Annual administration report of the Civil Veterinary Department of India - 1895-1896
Year: 1895
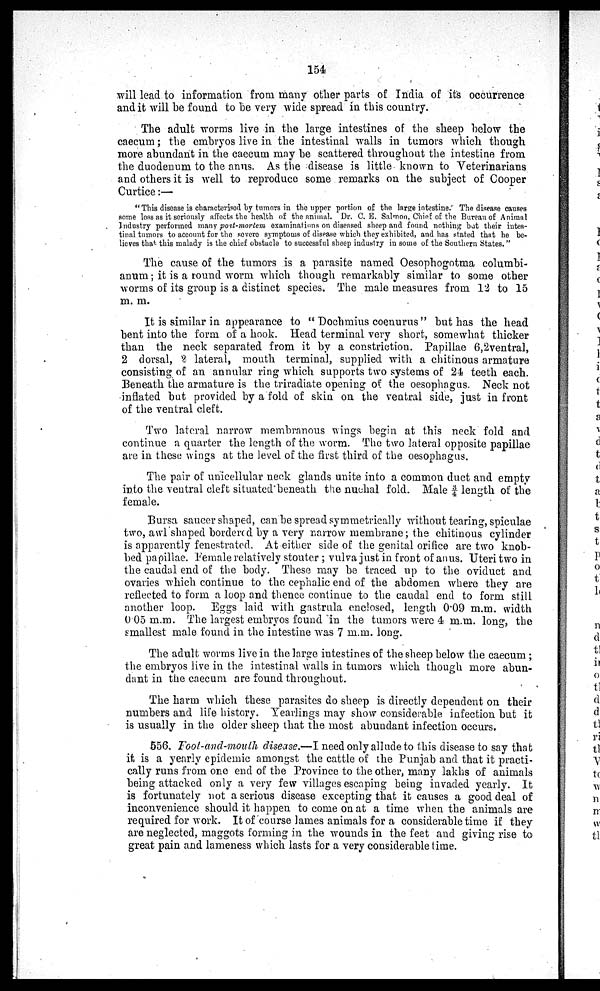
154
will lead to information from many other parts of India of its occurrence
and it will be found to be very wide spread in this country.
The adult worms live in the large intestines of the sheep below the
caecum; the embryos live in the intestinal walls in tumors which though
more abundant in the caecum may be scattered throughout the intestine from
the duodenum to the anns. As the disease is little known to Veterinarians
and others it is well to reproduce some remarks on the subject of Cooper
Curtice:—
"This disease is characterised by tumors in the upper portion of the large intestine. The disease causes
some loss as it seriously affects the health of the animal. Dr. C. E. Salmon, Chief of the Bureau of Animal
Industry performed many post-mortem examinations on diseased sheep and found nothing but their intes-
tinal tumors to account for the severe symptoms of disease which they exhibited, and has stated that he be-
lieves that this malady is the chief obstacle to successful sheep industry in some of the Southern States."
The cause of the tumors is a parasite named Oesophogotma columbi-
anum; it is a round worm which though remarkably similar to some other
worms of its group is a distinct species. The male measures from 12 to 15
m. m.
It is similar in appearance to "Dochmius coenurus" but has the head
bent into the form of a hook. Head terminal very short, somewhat thicker
than the neck separated from it by a constriction. Papillae 6,2ventral,
2 dorsal, 2 lateral, mouth terminal, supplied with a chitinous armature
consisting of an annular ring which supports two systems of 24 teeth each.
Beneath the armature is the triradiate opening of the oesophagus. Neck not
inflated but provided by a fold of skin on the ventral side, just in front
of the ventral cleft.
Two lateral narrow membranous wings begin at this neck fold and
continue a quarter the length of the worm. The two lateral opposite papillae
are in these wings at the level of the first third of the oesophagus.
The pair of unicellular neck glands unite into a common duct and empty
into the ventral cleft situated beneath the nuchal fold. Male 3 / 4 length of the
female.
Bursa saucer shaped, can be spread symmetrically without tearing, spiculae
two, awl shaped bordered by a very narrow membrane; the chitinous cylinder
is apparently fenestrated. At either side of the genital orifice are two knob-
bed papillae. Female relatively stouter; vulva just in front of anus. Uteri two in
the caudal end of the body. These may be traced up to the oviduct and
ovaries which continue to the cephalic end of the abdomen where they are
reflected to form a loop and thence continue to the caudal end to form still
another loop. Eggs laid with gastrula enclosed, length 0.09 m.m. width
0.05 m.m. The largest embryos found in the tumors were 4 m.m. long, the
smallest male found in the intestine was 7 m.m. long.
The adult worms live in the large intestines of the sheep below the caecum;
the embryos live in the intestinal walls in tumors which though more abun-
dant in the caecum are found throughout.
The harm which these parasites do sheep is directly dependent on their
numbers and life history. Yearlings may show considerable infection but it
is usually in the older sheep that the most abundant infection occurs.
556. Foot-and-mouth disease.—I need only allude to this disease to say that
it is a yearly epidemic amongst the cattle of the Punjab and that it practi-
cally runs from one end of the Province to the other, many lakhs of animals
being attacked only a very few villages escaping being invaded yearly. It
is fortunately not a serious disease excepting that it causes a good deal of
inconvenience should it happen to come on at a time when the animals are
required for work. It of course lames animals for a considerable time if they
are neglected, maggots forming in the wounds in the feet and giving rise to
great pain and lameness which lasts for a very considerable time.